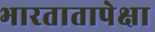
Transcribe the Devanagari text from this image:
भारतातापेक्षा